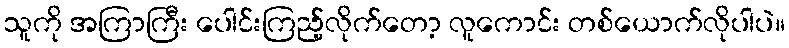
သူကို အကြာကြီး ပေါင်းကြည့်လိုက်တော့ လူကောင်း တစ်ယောက်လိုပါပဲ။